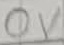
Text: 0V